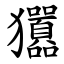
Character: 㺧